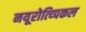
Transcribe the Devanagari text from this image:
नयूरोत्य्पिकल